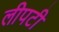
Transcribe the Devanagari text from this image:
लीपटी